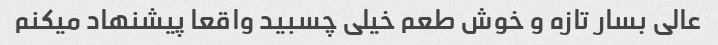
عالی بسار تازه و خوش طعم خیلی چسبید واقعا پیشنهاد میکنم